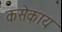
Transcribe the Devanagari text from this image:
कसेकाय